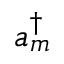
a _ { m } ^ { \dagger }